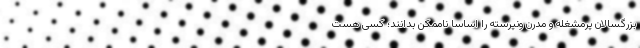
بزرگسالان پرمشغله و مدرن ونپرسته را اساساً ناممکن بدانند؛ کسی هست